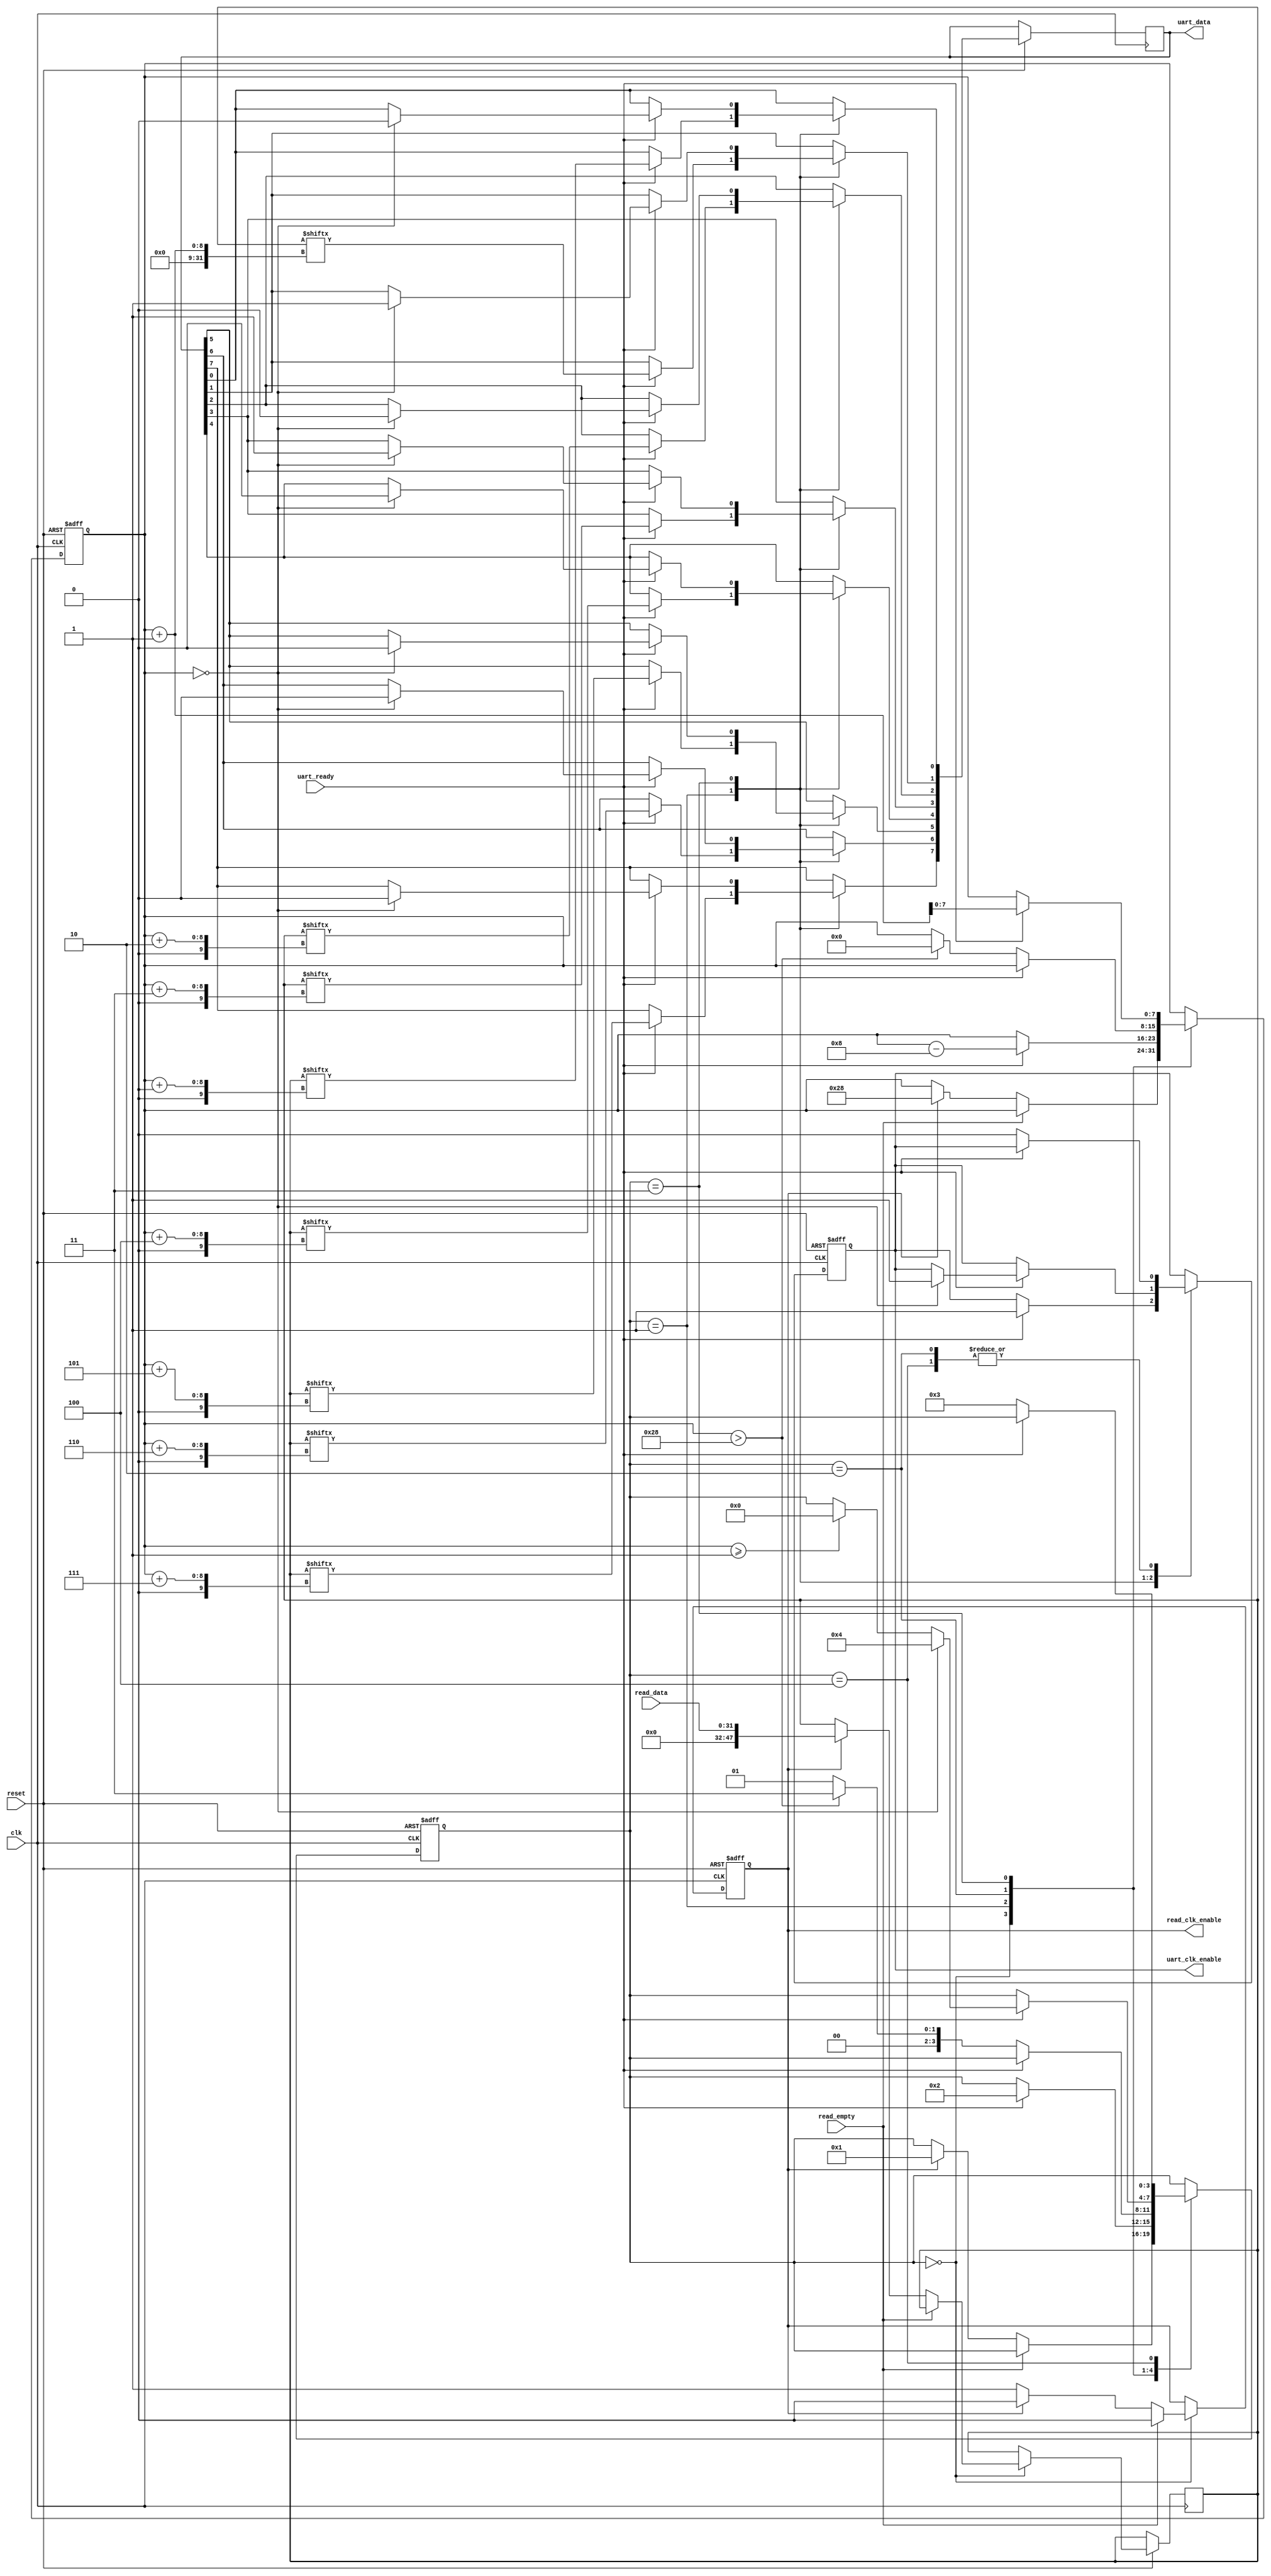
/*
 * iCEstick LPC TPM Sniffer (mem2serial.v)
 * 
 * Memory to serial
 */

module mem2serial #(parameter AW = 8)(
    input wire clk,
    input wire reset,                       // active low
    input wire [31:0] read_data,
    input wire read_empty,                  // high means input is empty
    input wire uart_ready,
    output reg read_clk_enable,
    output reg uart_clk_enable,
    output reg [7:0] uart_data
);
    
    // registers
    reg [7:0] write_pos;
    reg [47:0] data;

    // state machine
    localparam[3:0] STATE_IDLE = 4'd0;
    localparam[3:0] STATE_WRITE_DATA = 4'd1;
    localparam[3:0] STATE_WAIT_WRITE_DONE = 4'd2;
    localparam[3:0] STATE_WRITE_TRAILER = 4'd3;
    localparam[3:0] STATE_WAIT_WRITE_TRAILER_DONE = 4'd4;
    reg [3:0] state;

    // synchronous logic
    always @(posedge clk or negedge reset)
    begin
        if (~reset) begin
            state <= STATE_IDLE;
            uart_clk_enable <= 0;
            read_clk_enable <= 0;
            write_pos <= 0;
        end else
            case (state)
                STATE_IDLE:
                begin
                    if (~read_empty)
                        if (read_clk_enable)
                        begin
                            data <= read_data;
                            state <= STATE_WRITE_DATA;
                            read_clk_enable <= 0;
                            write_pos <= 40;
                        end else
                            read_clk_enable <= 1;
                    else
                        read_clk_enable <= 0;
                end

                STATE_WRITE_DATA:
                begin
                    if (uart_ready)
                    begin
                        uart_data[7] <= data[write_pos + 7];
                        uart_data[6] <= data[write_pos + 6];
                        uart_data[5] <= data[write_pos + 5];
                        uart_data[4] <= data[write_pos + 4];
                        uart_data[3] <= data[write_pos + 3];
                        uart_data[2] <= data[write_pos + 2];
                        uart_data[1] <= data[write_pos + 1];
                        uart_data[0] <= data[write_pos + 0];
                        uart_clk_enable <= 1;
                        write_pos <= write_pos - 8;
                        state <= STATE_WAIT_WRITE_DONE;
                    end
                end

                STATE_WAIT_WRITE_DONE:
                begin
                    if (~uart_ready)
                    begin
                        uart_clk_enable <= 0;
                        if (write_pos > 40)
                        begin                           // overflow. finished writing
                            write_pos <= 0;
                            state <= STATE_WRITE_TRAILER;
                        end else
                            state <= STATE_WRITE_DATA;
                    end
                end

                STATE_WRITE_TRAILER:
                begin
                    if (uart_ready)
                    begin
                        if (write_pos == 0)
                        begin
                            uart_clk_enable <= 1;
                            uart_data <= 8'h0a;
                            state <= STATE_WAIT_WRITE_TRAILER_DONE;
                        end
                        else if (write_pos >= 1)
                        begin
                            state <= STATE_IDLE;
                        end

                        write_pos <= write_pos + 1;
                    end
                end

                STATE_WAIT_WRITE_TRAILER_DONE:
                begin
                    if (~uart_ready)
                    begin
                        uart_clk_enable <= 0;
                        state <= STATE_WRITE_TRAILER;
                    end
                end
        endcase
    end

endmodule